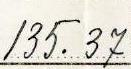
135.37